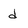
Character: d